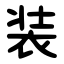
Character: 装